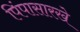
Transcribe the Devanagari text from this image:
पिंपासारखे